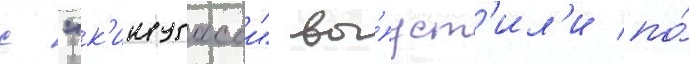
с "к'инугасои" вы́пуст'ил'и по́